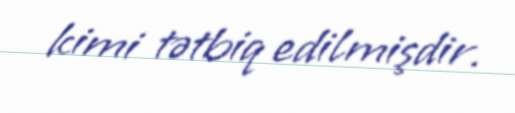
kimi tətbiq edilmişdir.